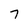
Character: 7